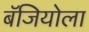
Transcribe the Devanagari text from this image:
बॅजियोला